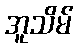
အူသိမ်